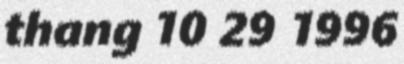
thang 10 29 1996